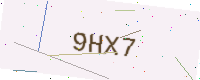
Text: 9HX7